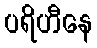
ပရိဟီနေ